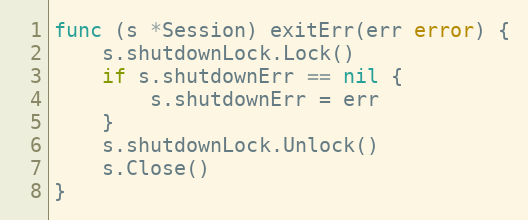
Language: Go
func (s *Session) exitErr(err error) {
	s.shutdownLock.Lock()
	if s.shutdownErr == nil {
		s.shutdownErr = err
	}
	s.shutdownLock.Unlock()
	s.Close()
}